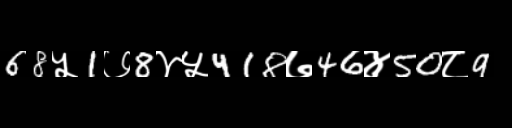
Text: 68५1७8४५418७46४50८9